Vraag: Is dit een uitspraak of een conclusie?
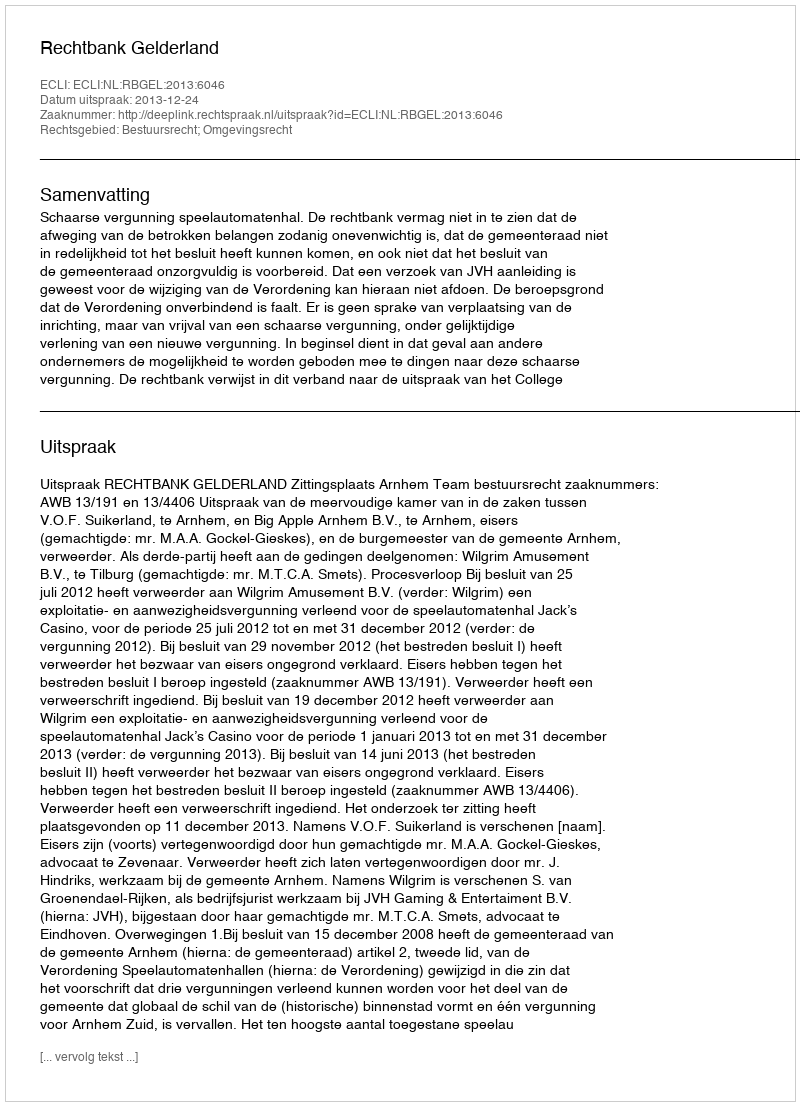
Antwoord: Uitspraak